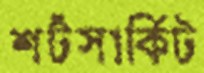
শর্টসার্কিট